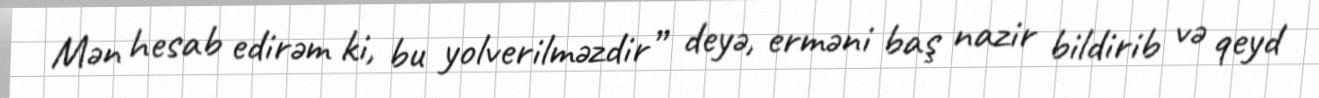
Mən hesab edirəm ki, bu yolverilməzdir” deyə, erməni baş nazir bildirib və qeyd